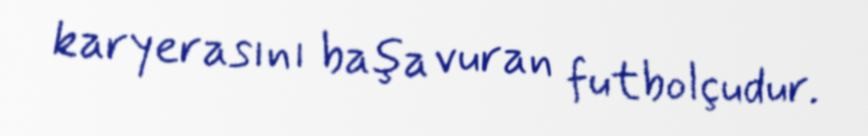
karyerasını başa vuran futbolçudur.